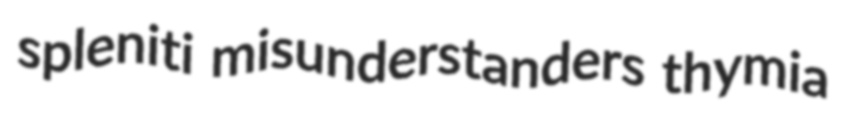
spleniti misunderstanders thymia